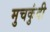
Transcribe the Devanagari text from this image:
मुचकुंदी